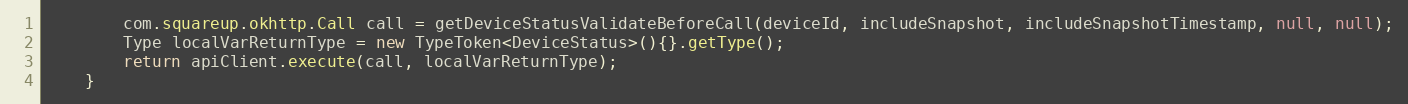
Language: Java
        com.squareup.okhttp.Call call = getDeviceStatusValidateBeforeCall(deviceId, includeSnapshot, includeSnapshotTimestamp, null, null);
        Type localVarReturnType = new TypeToken<DeviceStatus>(){}.getType();
        return apiClient.execute(call, localVarReturnType);
    }